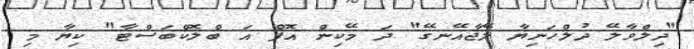
"ދިލްވާލޭ ދުލްހަނިޔާ ލޭޖާއޭނގޭ" ދަ މޭކިން އޮފް އަ ބްލޮކްބަސްޓާ" ކިޔާ މި